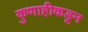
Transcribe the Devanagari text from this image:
कुणाहीकडून